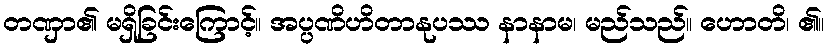
တဏှာ၏ မရှိခြင်းကြောင့်။ အပ္ပဏိဟိတာနုပဿ နာနာမ၊ မည်သည်။ ဟောတိ၊ ၏။